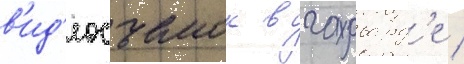
в'ид'еосъемок в гарвард'е /